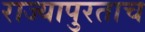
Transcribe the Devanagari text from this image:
राज्यापुरताच